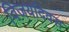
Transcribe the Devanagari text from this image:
विजयदिवस